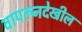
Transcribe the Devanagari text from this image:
वापरूनदेखील